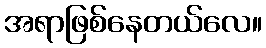
အရာဖြစ်နေတယ်လေ။